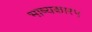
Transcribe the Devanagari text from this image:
भाष्यकार५